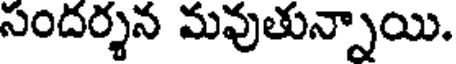
సందర్శన మవుతున్నాయి.